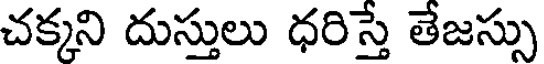
చక్కని దుస్తులు ధరిస్తే తేజస్సు